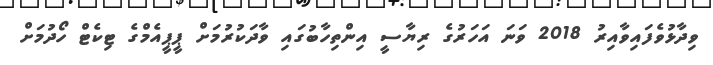
ވިދާޅުވެފައިވާއިރު 2018 ވަނަ އަހަރުގެ ރިޔާސީ އިންތިހާބުގައި ވާދަކުރުމަށް ޕީޕީއެމްގެ ޓިކެޓް ހޯދުމަށް